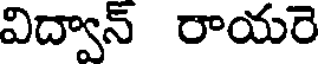
విద్వాన్ రాయరె